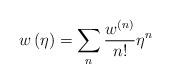
LaTeX: \begin{align*} w\left( \eta \right) = \mathop \sum \limits_n \frac{w^{(n)}}{{n!}}\eta^n\end{align*}